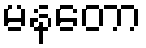
မနတော